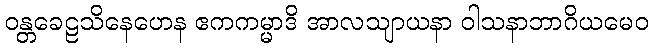
ဝန္တခေဠသိနေဟေန ဧကကမ္မာဒိ အာလသျာယနာ ဝါသနာဘာဂိယမေဝ